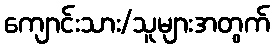
ကျောင်းသား/သူများအတွက်